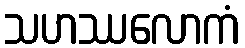
သဟဿလောကံ